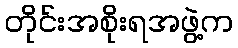
တိုင်းအစိုးရအဖွဲ့က